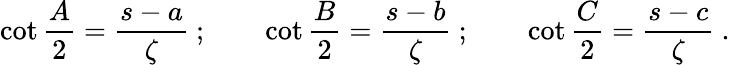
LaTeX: \cot{\frac{A}{2}}={\frac{s-a}{\zeta}}~;\qquad\cot{\frac{B}{2}}={\frac{s-b}{\zeta}}~;\qquad\cot{\frac{C}{2}}={\frac{s-c}{\zeta}}~.